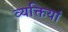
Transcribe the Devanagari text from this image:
व्यक्तियां